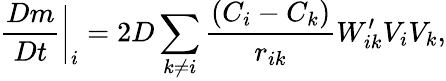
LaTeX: \frac{Dm}{Dt}\bigg|_{i}=2D\sum_{k\neq i}{\frac{(C_{i}-C_{k})}{r_{ik}}}W_{ik}^{\prime}V_{i}V_{k},